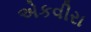
એકવીરા